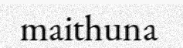
maithuna